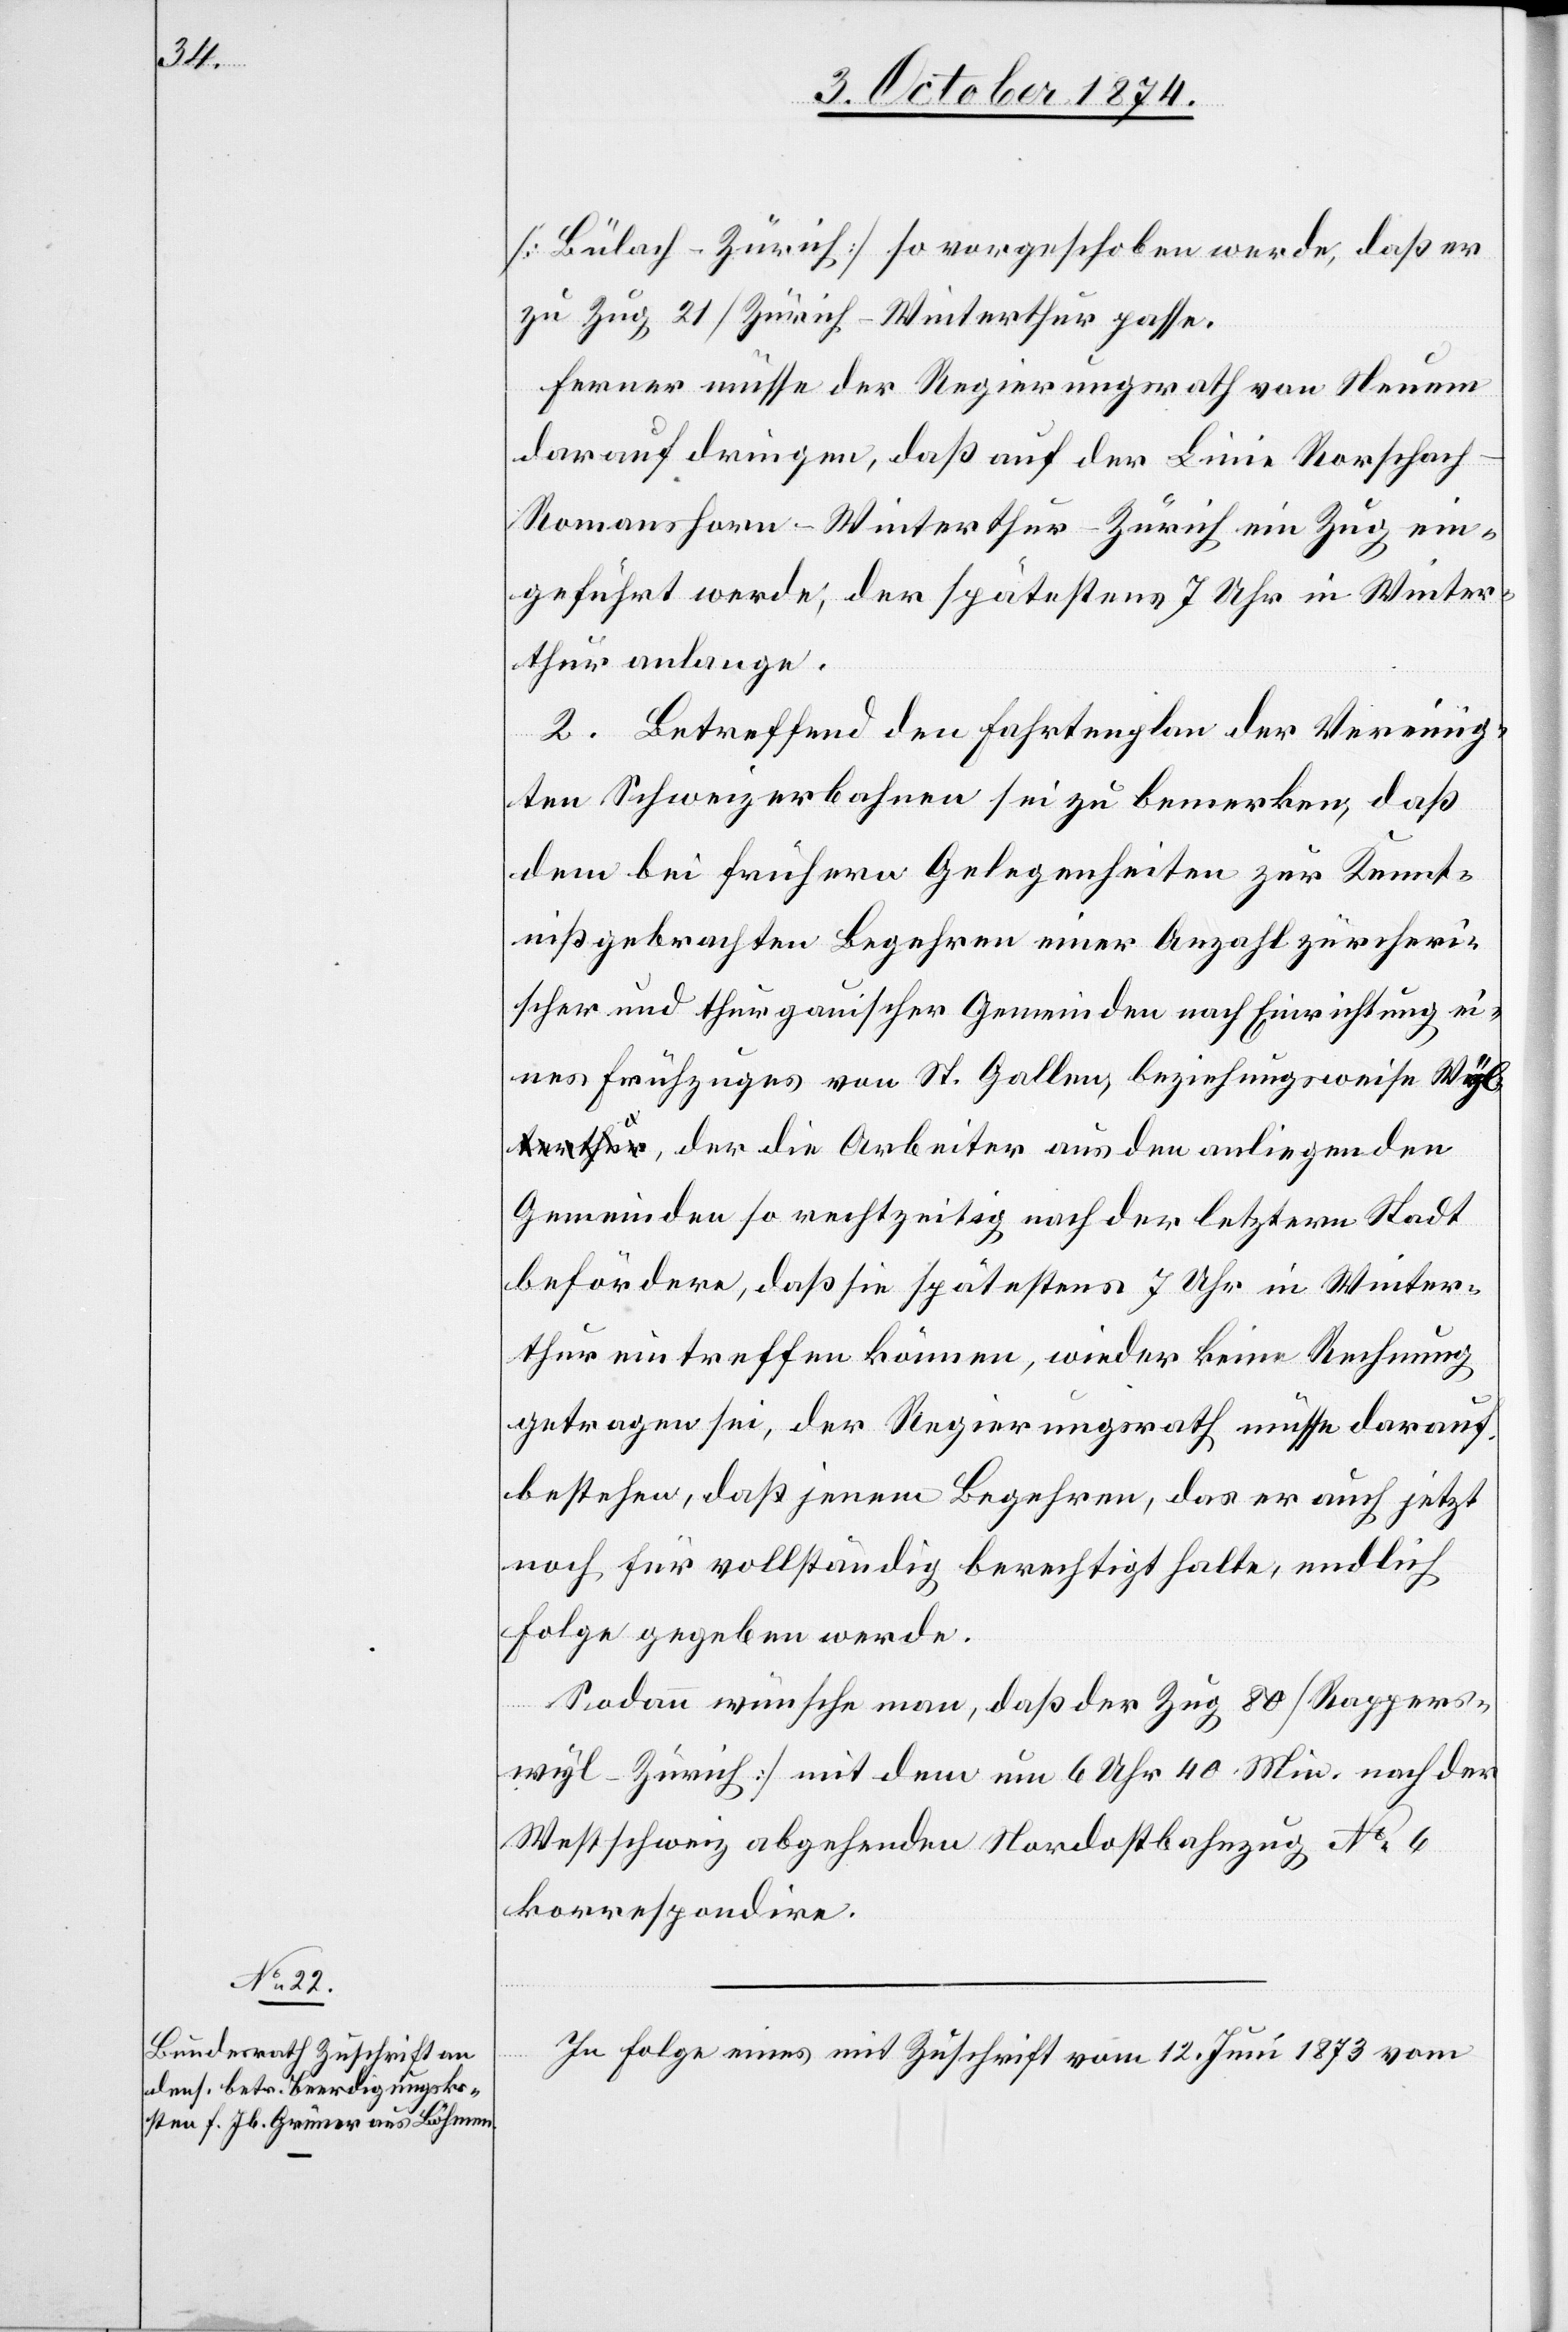
[Bülach–Zürich] so vorgeschoben wurde, daß er
zu Zug 21 [Zürich–Winterthur[]] passe.
Ferner müsse der Regierungsrath von Neuem
darauf dringen, daß auf der Linie Rorschac¬
h–Romanshorn–Winterthur–Zürich ein Zug ein¬
geführt werde, der spätestens 7 Uhr in Winter¬
thur anlange.
2. Betreffend den Fahrtenplan der Vereinig¬
ten Schweizerbahnen sei zu bemerken, daß
dem bei frühern Gelegenheiten zur Kennt¬
niß gebrachten Begehren einer Anzahl zürcheri¬
scher und thurgauischer Gemeinden nach Einrichtung ei¬
nes Frühzuges von St. Gallen, beziehungsweise Wyl,
Gemeinden so rechtzeitig nach der letztern Stadt
befördere, daß sie spätestens 7 Uhr in Winter¬
thur eintreffen können, wieder keine Rechnung
getragen sei, der Regierungsrath müsse darauf
bestehen, daß jenem Begehren, das er auch jetzt
noch für vollständig berechtigt halte, endlich
Folge gegeben werde.
nden
Sodann wünsche man, daß der Zug 80 [Rappers¬
wyl–Zürich] mit dem um 6 Uhr 40 Min. nach der
Westschweiz abgehenden Nordostbahnzug No 6
korrespondire.
In Folge eines mit Zuschrift vom 12. Juni 1873 vom